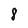
Character: 8